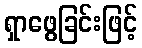
ရှာဖွေခြင်းဖြင့်